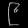
Digit: ၉